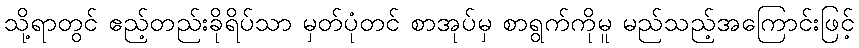
သို့ရာတွင် ဧည့်တည်းခိုရိပ်သာ မှတ်ပုံတင် စာအုပ်မှ စာရွက်ကိုမူ မည်သည့်အကြောင်းဖြင့်